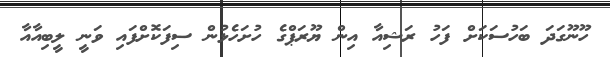
ހޫނޫގަދަ ބަހުސަކަށް ފަހު ރަޝިއާ އިން ޔޫރަޕްގެ ހުށަހެޅުން ސިފަކޮށްފައި ވަނީ ލީބިއާއާ